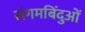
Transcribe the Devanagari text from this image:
संगमबिंदुओं